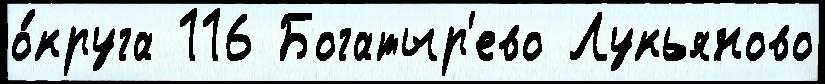
о́круга 116 Богатыр'ево Лукьяново